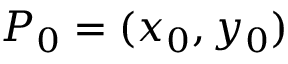
P _ { 0 } = ( x _ { 0 } , y _ { 0 } )